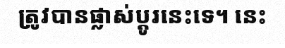
ត្រូវបានផ្លាស់ប្តូរនេះទេ។ នេះ